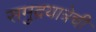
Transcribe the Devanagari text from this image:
समुद्रयात्रेची